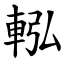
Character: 䡏